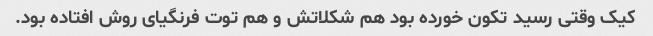
کیک وقتی رسید تکون خورده بود هم شکلاتش و هم توت فرنگیای روش افتاده بود.